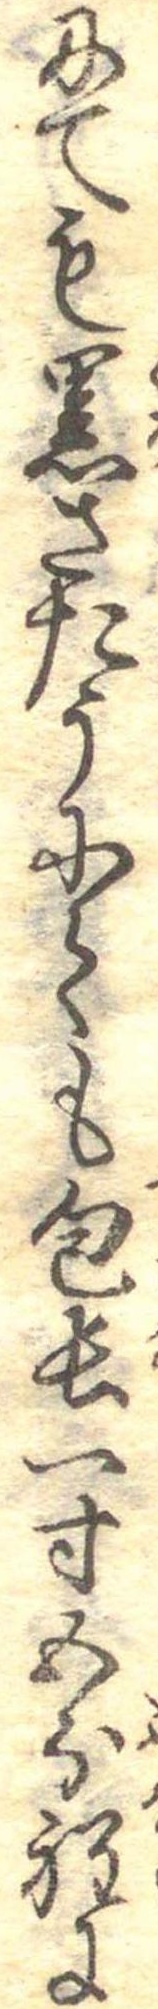
にても黒さたうにても包長一寸五分程に